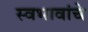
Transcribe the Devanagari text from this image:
स्वभावांचे